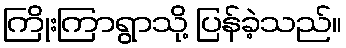
ကြိုးကြာရွာသို့ ပြန်ခဲ့သည်။